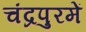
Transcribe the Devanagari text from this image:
चंद्रपुरमें